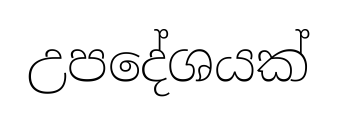
උපදේශයක්